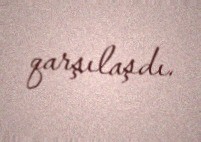
qarşılaşdı.